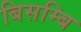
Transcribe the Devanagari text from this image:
बिसम्बि